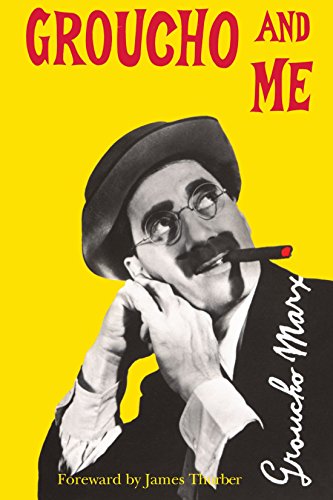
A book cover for Groucho And Me; Groucho Marx; Humor & Entertainment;